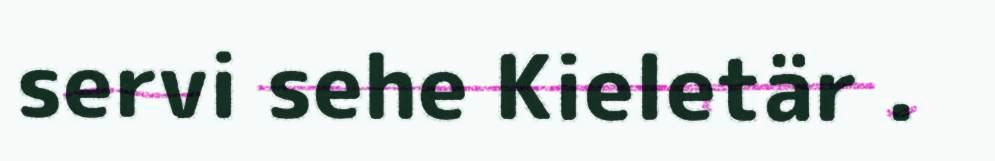
servi sehe Kieletär .